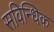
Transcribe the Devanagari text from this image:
सविन्धिक